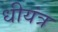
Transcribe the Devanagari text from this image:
धीयंत्र